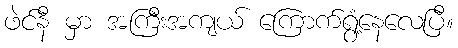
ဖဲင်နီ မှာ အကြီးအကျယ် ကြောက်ရွံ့နေလေပြီ။